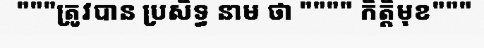
"""ត្រូវបាន ប្រសិទ្ធ នាម ថា """" កិត្តិមុខ"""